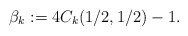
\begin{align*} \beta_k:= 4 C_k(1/2,1/2) - 1.\end{align*}